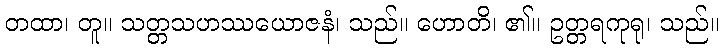
တထာ၊ တူ။ သတ္တသဟဿယောဇနံ၊ သည်။ ဟောတိ၊ ၏။ ဥတ္တရကုရု၊ သည်။